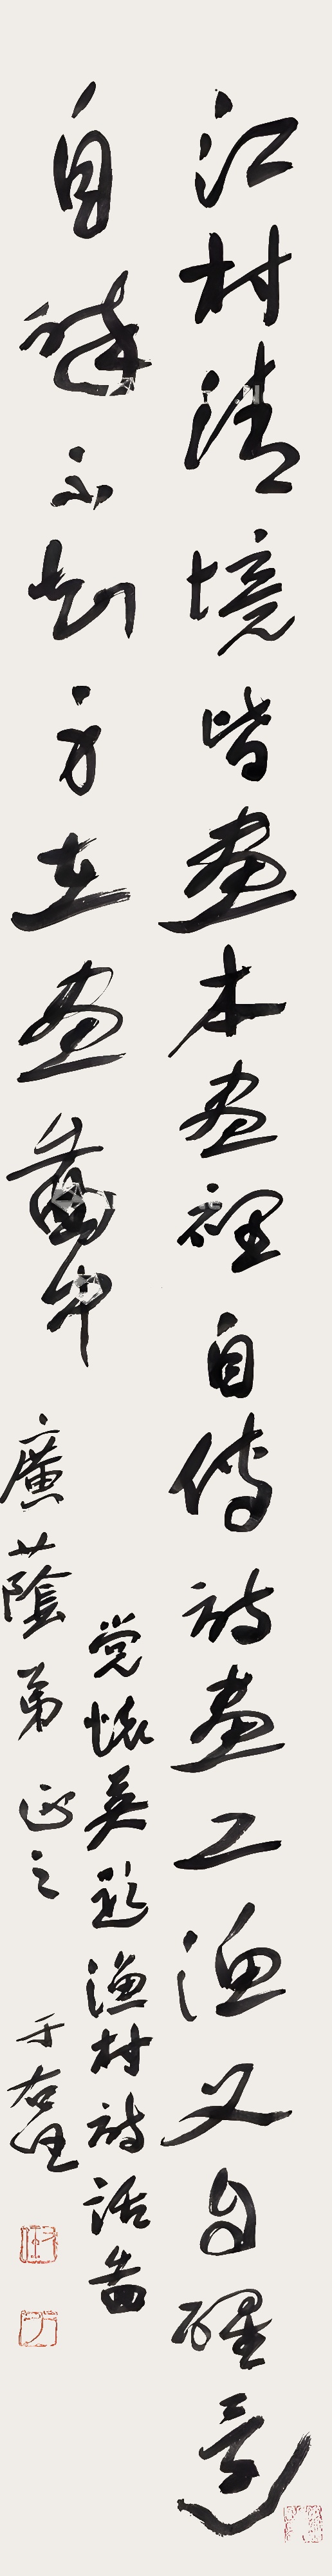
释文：江村清境皆画本，画里自传诗画工。渔父自醒还自醉，不知身在画图中。党怀英题渔村诗话图。广荫弟正之。于右任。